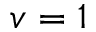
v = 1